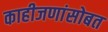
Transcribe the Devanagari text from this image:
काहीजणांसोबत